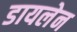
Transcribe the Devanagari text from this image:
डायलेन